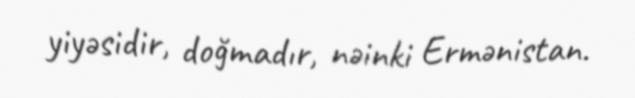
yiyəsidir, doğmadır, nəinki Ermənistan.